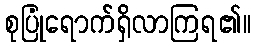
စုပြုံရောက်ရှိလာကြရ၏။